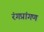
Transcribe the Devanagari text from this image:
रंगप्रांगण